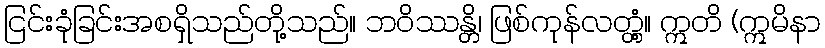
ငြင်းခုံခြင်းအစရှိသည်တို့သည်။ ဘဝိဿန္တိ၊ ဖြစ်ကုန်လတ္တံ့။ ဣတိ (ဣမိနာ